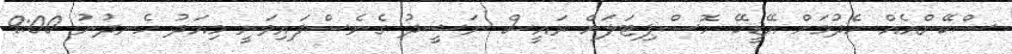
ސްކޭންއެއް ހެދުމަށް އޭޑީކޭ ހޮސްޕިޓަލަށް ރައީސް ނަޝީދު ގެނެސްފައިވަނީ މިއަދު ހެނދުނު 9:00